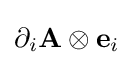
\partial _{i}\mathbf {A} \otimes \mathbf {e} _{i}